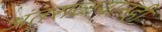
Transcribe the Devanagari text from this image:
अंतराळयानही